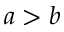
a > b